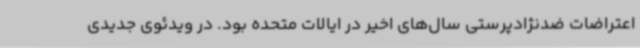
اعتراضات ضدنژادپرستی سال‌های اخیر در ایالات متحده بود. در ویدئوی جدیدی